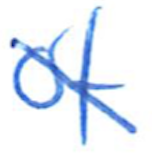
Text: of
Cross-out: diagonal
Writing tool: ballpoint